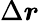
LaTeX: \Delta\boldsymbol{r}